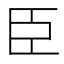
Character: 臣